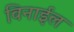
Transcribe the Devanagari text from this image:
विनाईल